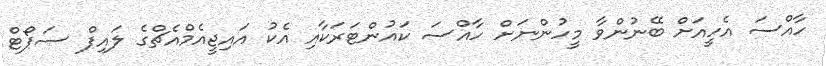
ހާއްސަ އެހީއަށް ބޭނުންވާ މީހުންނަށް ހާއްސަ ކައުންޓަރަކާއި އެކު އައިޖީއެމްއެޗްގެ ލައިފް ސަޕޯޓް